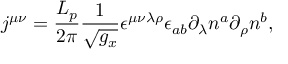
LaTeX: j ^ { \mu \nu } = \frac { L _ { p } } { 2 \pi } \frac 1 { \sqrt { g _ { x } } } \epsilon ^ { \mu \nu \lambda \rho } \epsilon _ { a b } \partial _ { \lambda } n ^ { a } \partial _ { \rho } n ^ { b } ,